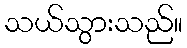
သယ်သွားသည်။